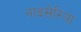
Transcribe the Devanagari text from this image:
नाइसेरिया